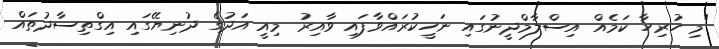
"މި ހުރިހާ ކަމެއް އިސްލާމްދީނުގައި ނަހީކުރައްވާފައި ވާއިރު މިއީ އަދުގެ ދުނިޔޭގައި އިގްތިސާދުތައް